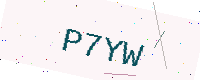
Text: P7YW